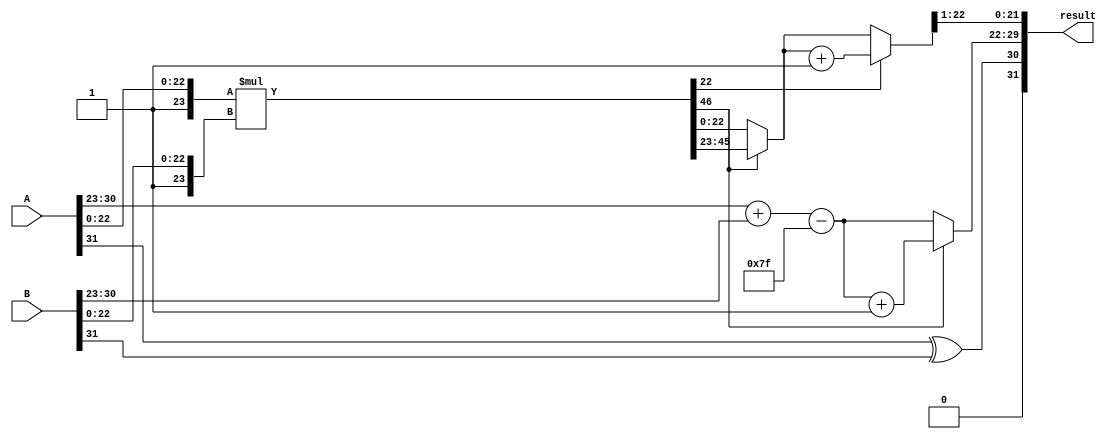
module radix2_fp_multiplier (
    input wire [31:0] A, // First floating-point input
    input wire [31:0] B, // Second floating-point input
    output reg [31:0] result // Resulting floating-point output
);
    
    // Constants
    parameter E_WIDTH = 8; // Number of exponent bits
    parameter F_WIDTH = 23; // Number of fraction bits
    parameter BIAS = (1 << (E_WIDTH - 1)) - 1; // Bias for exponent

    // Internal signals
    wire S_A = A[31]; // Sign bit of A
    wire S_B = B[31]; // Sign bit of B
    wire [E_WIDTH-1:0] E_A = A[30:23]; // Exponent of A
    wire [E_WIDTH-1:0] E_B = B[30:23]; // Exponent of B
    wire [F_WIDTH:0] F_A = {1'b1, A[22:0]}; // Mantissa of A with implicit leading 1
    wire [F_WIDTH:0] F_B = {1'b1, B[22:0]}; // Mantissa of B with implicit leading 1

    wire [E_WIDTH:0] E_result; // Result exponent
    wire [F_WIDTH*2:0] P; // Product of mantissas
    reg [F_WIDTH:0] M_result; // Result mantissa after normalization
    reg [E_WIDTH-1:0] E_final; // Final exponent after normalization
    reg S_result; // Result sign

    // Sign calculation
    always @(*) begin
        S_result = S_A ^ S_B; // XOR for sign
    end

    // Exponent calculation
    assign E_result = E_A + E_B - BIAS; // Add exponents and subtract bias

    // Mantissa multiplication
    assign P = F_A * F_B; // Multiply mantissas

    // Normalization and rounding
    always @(*) begin
        // Default values
        M_result = 0;
        E_final = E_result;

        // Check for normalization
        if (P[F_WIDTH*2] == 1'b1) begin // If product is normalized (i.e., greater than or equal to 2)
            M_result = P[F_WIDTH*2-1:F_WIDTH]; // Shift right
            E_final = E_result + 1; // Increment exponent
        end else begin
            M_result = P[F_WIDTH-1:0]; // Use product as is
        end

        // Rounding (round-to-nearest)
        if (P[F_WIDTH-1]) begin // If the bit after the last fraction bit is 1
            M_result = M_result + 1; // Round up
        end
    end

    // Final result assembly
    always @(*) begin
        result = {S_result, E_final, M_result[F_WIDTH-1:1]}; // Construct output
    end

endmodule